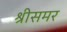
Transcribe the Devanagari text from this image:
श्रीसमर